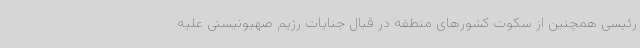
رئیسی همچنین از سکوت کشورهای منطقه در قبال جنایات رژیم صهیونیستی علیه